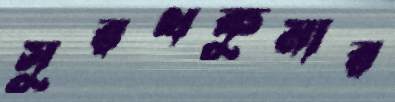
সুরথকুমার